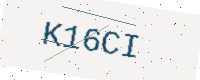
Text: K16CI